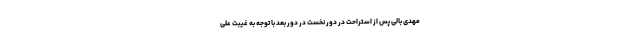
مهدی بالی پس از استراحت در دور نخست در دور بعد با توجه به غیبت علی